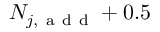
N _ { j , \mathrm { ~ a ~ d ~ d ~ } } + 0 . 5